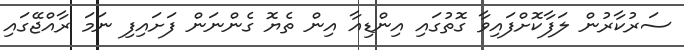
ސަރުކާރުން ލަފާކޮށްފައިވާ ގޮތުގައި އިންޑިއާ އިން ތެޔޮ ގެންނަން ފަށައިފި ނަމަ ރާއްޖޭގައި